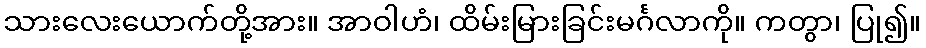
သားလေးယောက်တို့အား။ အာဝါဟံ၊ ထိမ်းမြားခြင်းမင်္ဂလာကို။ ကတွာ၊ ပြု၍။